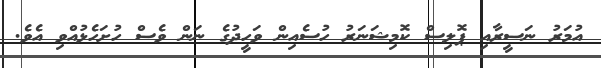
އުމަރު ނަސީރާއި ޕޮލިސް ކޮމިޝަނަރު ހުސެއިން ވަހީދުގެ ނަން ވެސް ހުށަހެޅުއްވި އެވެ.